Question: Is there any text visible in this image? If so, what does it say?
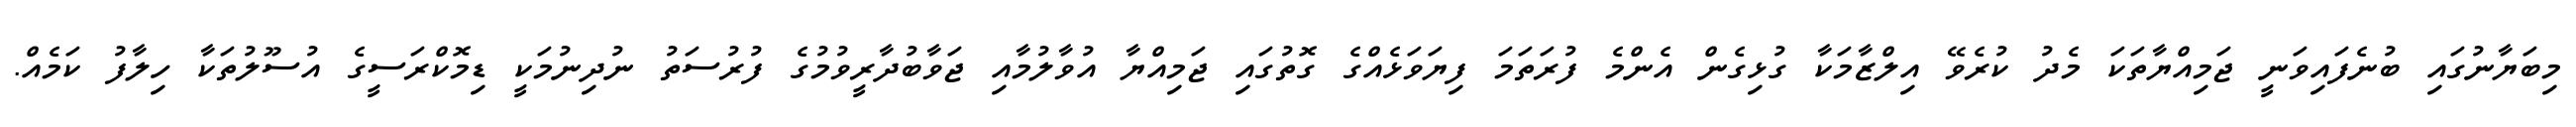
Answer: މިބަޔާނުގައި ބުނެފައިވަނީ ޖަމިއްޔާތަކަ މެދު ކުރެވޭ އިލްޒާމަކާ ގުޅިގެން އެންމެ ފުރަތަމަ ފިޔަވަޅެއްގެ ގޮތުގައި ޖަމިއްޔާ އުވާލުމާއި ޖަވާބުދާރީވުމުގެ ފުރުސަތު ނުދިނުމަކީ ޑިމޮކްރަސީގެ އުސޫލުތަކާ ހިލާފު ކަމެއް.